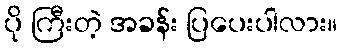
ပို ကြီးတဲ့ အခန်း ပြပေးပါလား။